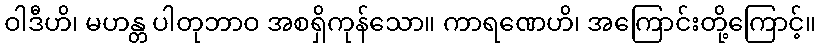
ဝါဒီဟိ၊ မဟန္တ ပါတုဘာဝ အစရှိကုန်သော။ ကာရဏေဟိ၊ အကြောင်းတို့ကြောင့်။